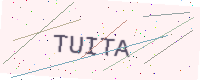
Text: TUITA